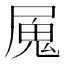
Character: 𭕩